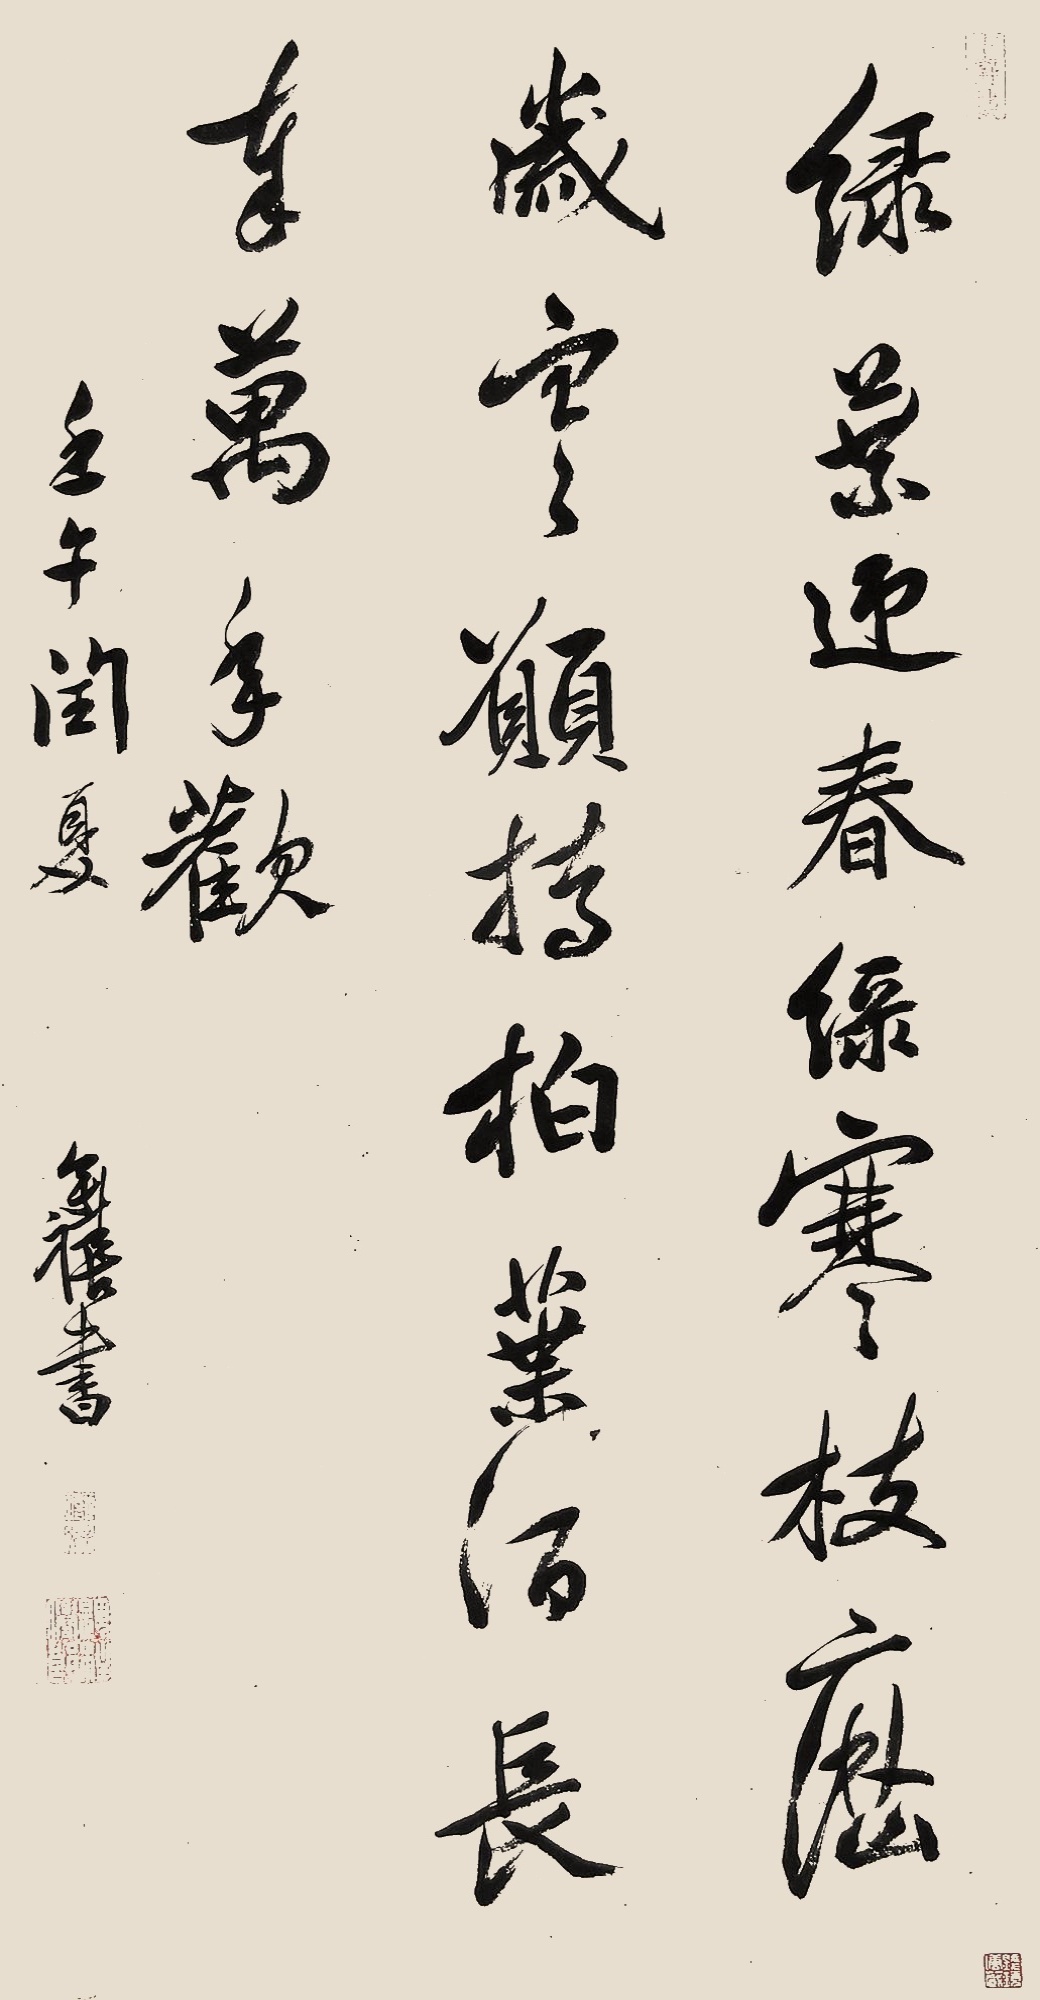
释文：绿叶迎春绿，寒枝历岁寒。愿持柏叶酒，长奉万年欢。壬午闰夏，奕禧书。